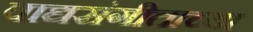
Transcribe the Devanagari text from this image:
वाद्यसंगीताच्या